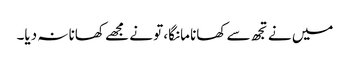
میں نے تجھ سے کھانا مانگا، تو نے مجھے کھانا نہ دیا۔